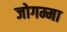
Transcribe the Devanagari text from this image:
जोगम्मा